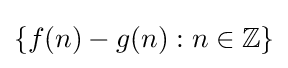
\{f(n)-g(n):n\in \mathbb {Z} \}